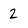
Character: 2